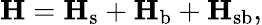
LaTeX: \mathbf{H}=\mathbf{H}_{\mathrm{s}}+\mathbf{H}_{\mathrm{b}}+\mathbf{H}_{\mathrm{sb}},